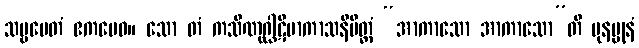
သဗ္ဗမေတံ ဧကမေဝ။ သော တံ ကသိဏုဂ္ဃါဋိမာကာသနိမိတ္တံ “အာကာသော အာကာသော”တိ ပုနပ္ပုနံ